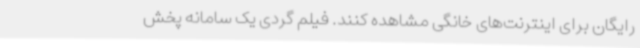
رایگان برای اینترنت‌های خانگی مشاهده کنند. فیلم گردی یک سامانه پخش